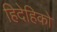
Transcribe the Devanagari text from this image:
हिदेहिको